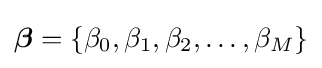
{\boldsymbol {\beta }}=\{\beta _{0},\beta _{1},\beta _{2},\dots ,\beta _{M}\}